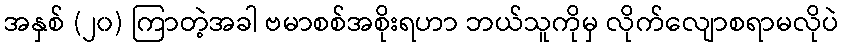
အနှစ် (၂၀) ကြာတဲ့အခါ ဗမာစစ်အစိုးရဟာ ဘယ်သူကိုမှ လိုက်လျောစရာမလိုပဲ